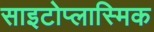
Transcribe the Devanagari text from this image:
साइटोप्लास्मिक